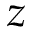
z